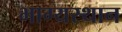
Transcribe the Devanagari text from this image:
भाग्यस्थान